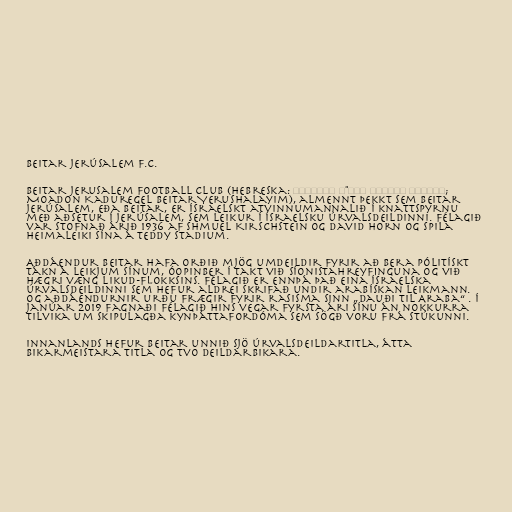
Beitar Jerúsalem F.C.

Beitar Jerusalem Football Club (Hebreska: מועדון כדורגל בית"ר ירושלים;
Moadon Kaduregel Beitar Yerushalayim), almennt þekkt sem Beitar
Jerúsalem, eða Beitar, er ísraelskt atvinnumannalið í knattspyrnu
með aðsetur í Jerúsalem, sem leikur í ísraelsku úrvalsdeildinni. Félagið
var stofnað árið 1936 af Shmuel Kirschstein og David Horn og spila
heimaleiki sína á Teddy Stadium.

Aðdáendur Beitar hafa orðið mjög umdeildir fyrir að bera pólitískt
tákn á leikjum sínum, óopinber í takt við Síonistahreyfinguna og við
hægri væng Likud-flokksins. Félagið er ennþá það eina ísraelska
úrvalsdeildinni sem hefur aldrei skrifað undir arabískan leikmann.
og aðdáendurnir urðu frægir fyrir rasisma sinn „Dauði til Araba“ . Í
janúar 2019 fagnaði félagið hins vegar fyrsta ári sínu án nokkurra
tilvika um skipulagða kynþáttafordóma sem sögð voru frá stúkunni.

Innanlands hefur Beitar unnið sjö úrvalsdeildartitla, átta
bikarmeistara titla og tvo deildarbikara.